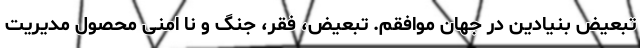
تبعيض بنيادين در جهان موافقم. تبعيض، فقر، جنگ و نا امنی محصول مديريت